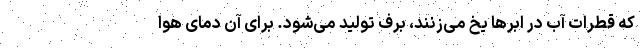
که قطرات آب در ابر‌ها یخ می‌زنند، برف تولید می‌شود. برای آن دمای هوا